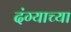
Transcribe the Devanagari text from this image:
दंग्याच्या